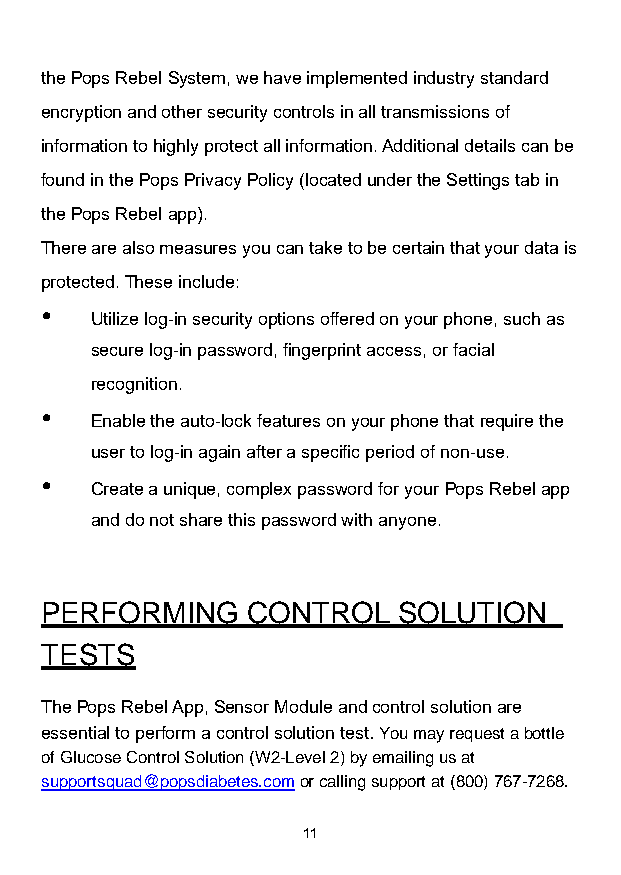
the Pops Rebel System, we have implemented industry standard
 encryption and other security controls in all transmissions of
 information to highly protect all information. Additional details can be
 found in the Pops Privacy Policy (located under the Settings tab in
 the Pops Rebel app).
 There are also measures you can take to be certain that your data is
 protected. These include:
   Utilize log-in security options offered on your phone, such as
 secure log-in password, fingerprint access, or facial
 recognition.
   Enable the auto-lock features on your phone that require the
 user to log-in again after a specific period of non-use.
   Create a unique, complex password for your Pops Rebel app
 and do not share this password with anyone.
 PERFORMING   CONTROL   SOLUTION
 TESTS
 The Pops Rebel App, Sensor Module and control solution are
 essential to perform a control solution test. You may request a bottle
 of Glucose Control Solution (W2-Level 2) by emailing us at
 supportsquad@popsdiabetes.com or calling support at (800) 767-7268.
 11